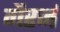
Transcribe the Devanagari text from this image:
गैरर्न